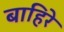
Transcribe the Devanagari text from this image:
बाहिरे